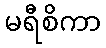
မရီစိကာ